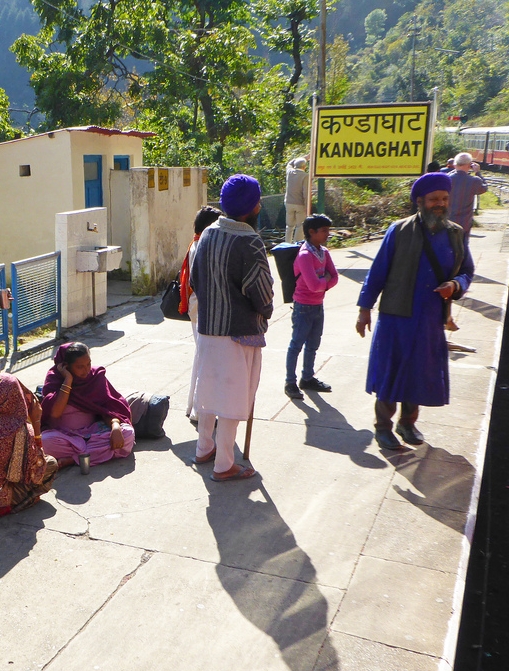
Language: hindi
Transcription: कण्डाघाट